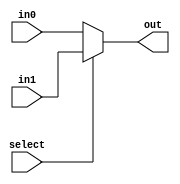
 
module mux_2(out,select,in0,in1);   
    input select; 
    input in0, in1; 
    output  out; 
    assign out = select ? in1: in0;     
endmodule 
module mux_4(out,A,B,in0,in1,in2,in3); 
    input A,B; 
    input in0,in1,in2,in3; 
    output out; 
    wire  w1,w2;  
    mux_2 first_top(w1,B,in0,in1);
    mux_2 first_bottom(w2,B,in2,in3); 
    mux_2 second(out,A,w1,w2); 
endmodule
module mux_8(out,A,B,C,in0,in1,in2,in3,in4,in5,in6,in7);
    input A,B,C; 
    input  in0,in1,in2,in3,in4,in5,in6,in7; 
    output  out;  
    wire  w1,w2; 
    mux_4 first_top(w1,C,B,in0,in1,in2,in3); 
    mux_4 first_bottom(w2,B,C,in4,in5,in6,in7); 
    mux_2 second(out,A,w1,w2);
endmodule 
module  two_bit_comparator(Eq, Gt, A1, A0, B1, B0, Eq2, Gt2); 
    input A1, A0, B1, B0, Eq2, Gt2;
    output Eq, Gt;  
    wire wt, wb, wb2, notEG, EnotG; 
    // These are the wiring for the muxes for the 2 bit comparator  
    and enotg(EnotG,Eq2,~Gt2);  //Eq2!Gt2
    and noteg(notEG,~Eq2,Gt2); // !Eq2Gt 


    //top and bottom muxes top = eq and bottom =  gt
    mux_8 top_mux(wt, A1, A0, B1, ~B0, 1'b0, B0, 1'b0, 1'b0, ~B0, 1'b0, B0); 
    and EQ(Eq, wt, EnotG); //(mux eq2!gt2)=gt   

    mux_8 bottom_mux(wb, A1, A0, B1, 1'b0, 1'b0, ~B0, 1'b0, 1'b1, 1'b0, 1'b1, ~B0);   
    and mux_and_not(wb2,wb,EnotG); 
    or GT(Gt, wb2, notEG);   
    //assign Gt = 1'b1;

endmodule 
module  eight_bit_comparator(Eq1,Gt1,A7,A6,A5,A4,A3,A2,A1,A0,B7,B6,B5,B4,B3,B2,B1,B0,Eq,Gt);   
    input A7,A6,A5,A4,A3,A2,A1,A0; 
    input B7,B6,B5,B4,B3,B2,B1,B0; 
    input Eq, Gt;  
    output Eq1, Gt1;  
    wire  Eq3, Gt3,Eq2, Gt2,Eq4, Gt4;

    two_bit_comparator comp1(Eq4, Gt4, A7, A6, B7, B6, Eq, Gt);
    two_bit_comparator comp2(Eq3, Gt3, A5 , A4, B5, B4, Eq4, Gt4);
    two_bit_comparator comp3(Eq2, Gt2, A3, A2, B3, B2, Eq3, Gt3); 
    two_bit_comparator comp4(Eq1, Gt1, A1, A0, B1, B0, Eq2, Gt2); 

endmodule